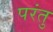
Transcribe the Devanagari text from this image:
परंतु